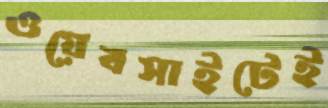
ওয়েবসাইটেই